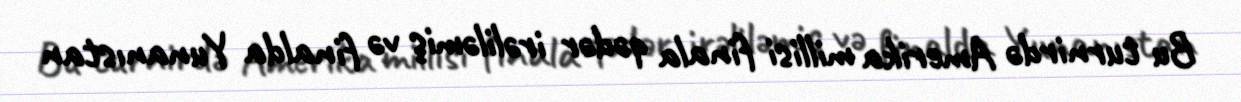
Bu turnirdə Amerika millisi finala qədər irəliləmiş və finalda Yunanıstan